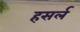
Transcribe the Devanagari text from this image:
हसर्ल